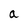
Character: a